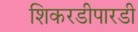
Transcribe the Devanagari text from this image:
शिकरडीपारडी